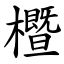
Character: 櫭